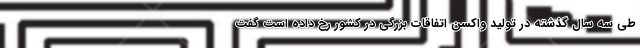
طی سه سال گذشته در تولید واکسن اتفاقات بزرگی در کشور رخ داده است گفت